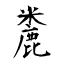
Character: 麊